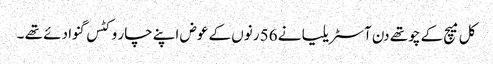
کل میچ کے چوتھے دن آسٹریلیا نے 56 رنوں کے عوض اپنے چار وکٹس گنوا دئے تھے ۔